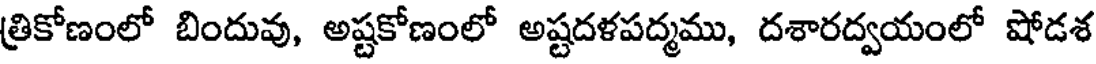
త్రికోణంలో బిందువు, అష్టకోణంలో అష్టదళపద్మము, దశారద్వయంలో షోడశ